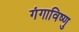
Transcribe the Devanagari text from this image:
गंगाविष्णु